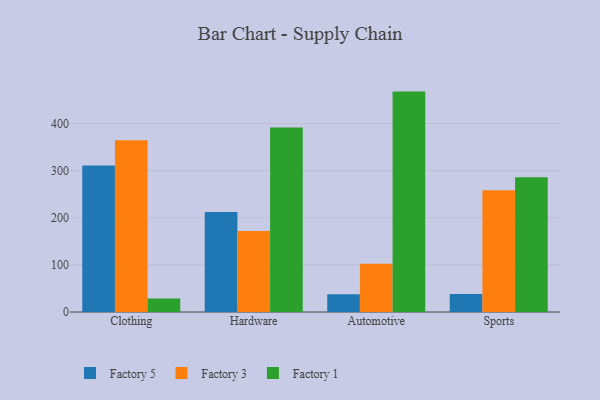
{"axis": {"x": "Category", "y": "Conversion Rate (%)"}, "legend": ["Factory 1", "Factory 3", "Factory 5"], "data": [{"x": "Clothing", "y": 310.7, "type": "Factory 5"}, {"x": "Clothing", "y": 364.4, "type": "Factory 3"}, {"x": "Clothing", "y": 28.9, "type": "Factory 1"}, {"x": "Hardware", "y": 212.4, "type": "Factory 5"}, {"x": "Hardware", "y": 171.7, "type": "Factory 3"}, {"x": "Hardware", "y": 391.3, "type": "Factory 1"}, {"x": "Automotive", "y": 37.6, "type": "Factory 5"}, {"x": "Automotive", "y": 102.3, "type": "Factory 3"}, {"x": "Automotive", "y": 467.7, "type": "Factory 1"}, {"x": "Sports", "y": 38.0, "type": "Factory 5"}, {"x": "Sports", "y": 258.5, "type": "Factory 3"}, {"x": "Sports", "y": 285.7, "type": "Factory 1"}]}